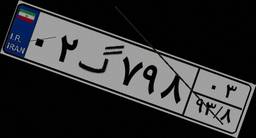
۰۲گ۷۹۸۰۳